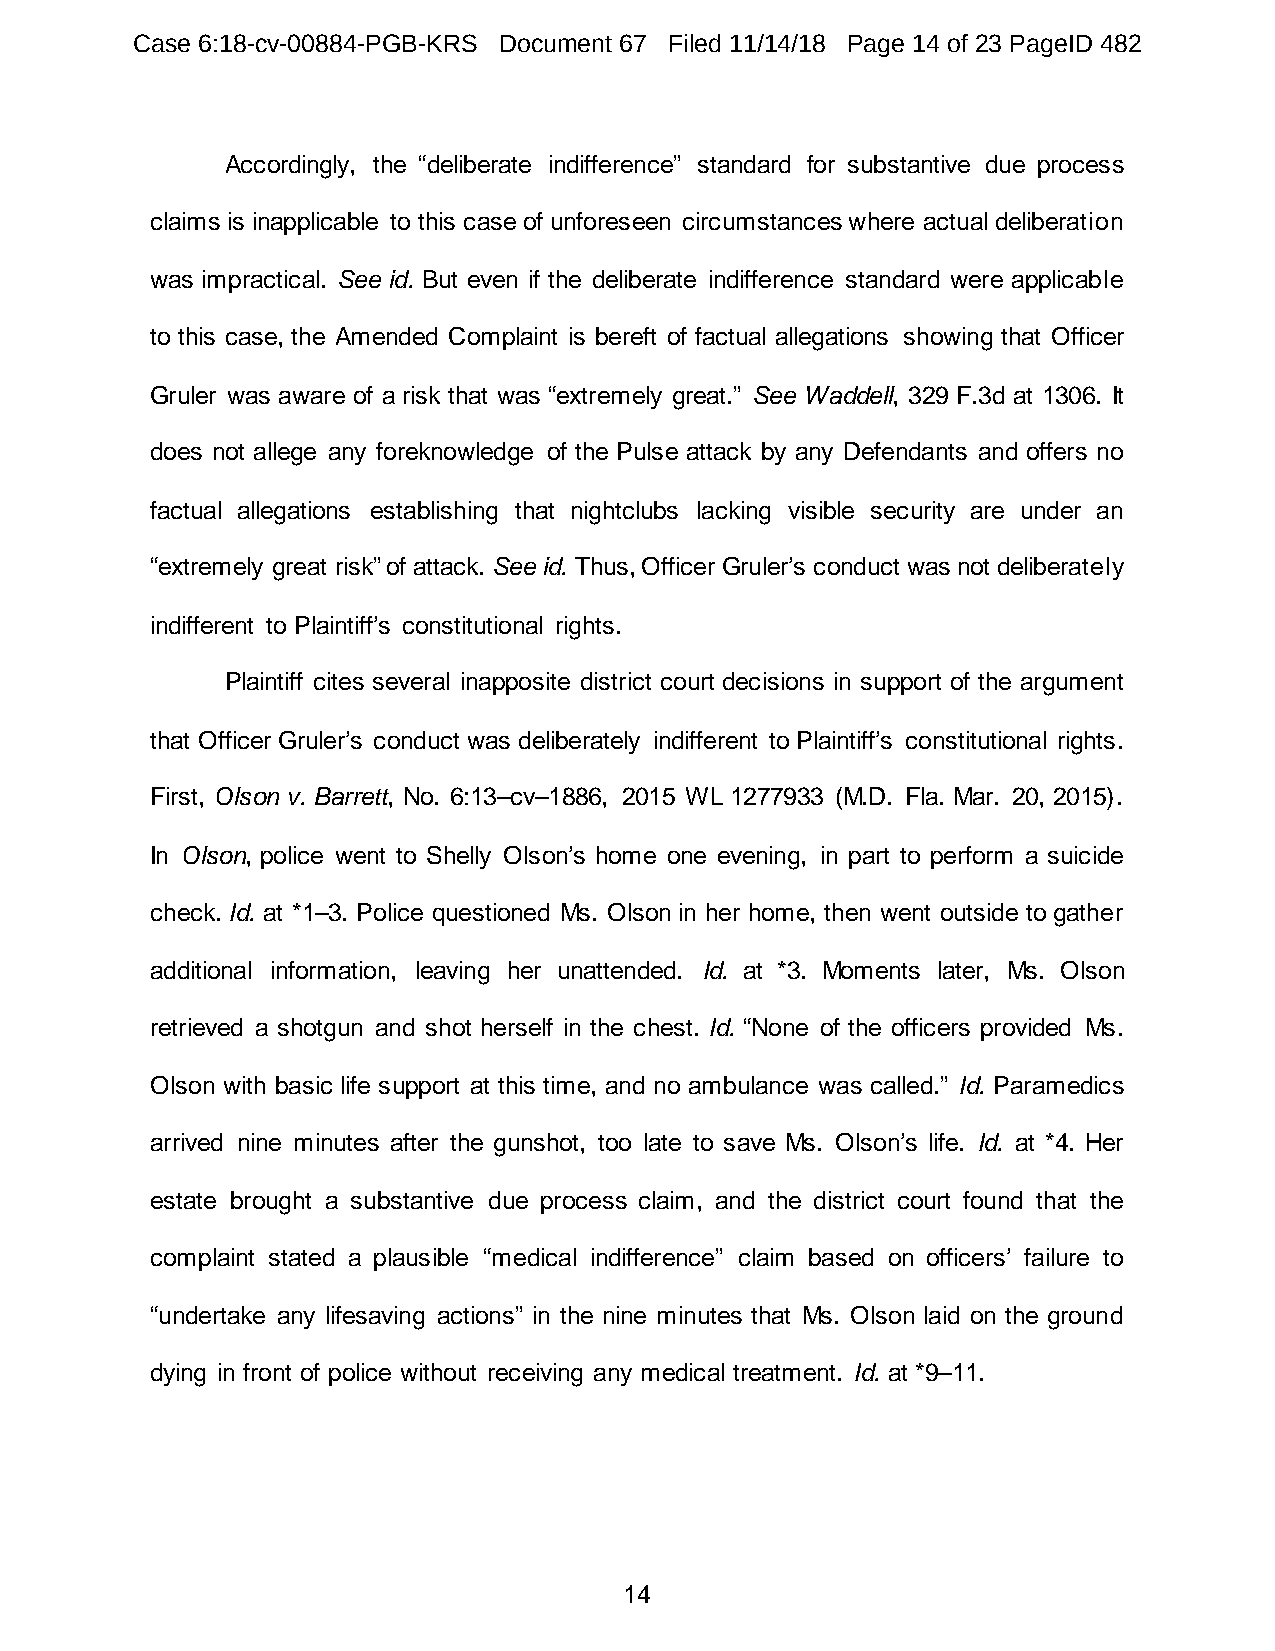
Case 6:18-cv-00884-PGB-KRS Document 67 Filed 11/14/18 Page 14 of 23 PageID 482
 Accordingly, the “deliberate indifference” standard for substantive due process
 claims is inapplicable to this case of unforeseen circumstances where actual deliberation
 was impractical. See id. But even if the deliberate indifference standard were applicable
 to this case, the Amended Complaint is bereft of factual allegations showing that Officer
 Gruler was aware of a risk that was “extremely great.” See Waddell, 329 F.3d at 1306. It
 does not allege any foreknowledge of the Pulse attack by any Defendants and offers no
 factual allegations establishing that nightclubs lacking visible security are under an
 “extremely great risk” of attack. See id. Thus, Officer Gruler’s conduct was not deliberately
 indifferent to Plaintiff’s constitutional rights.
 Plaintiff cites several inapposite district court decisions in support of the argument
 that Officer Gruler’s conduct was deliberately indifferent to Plaintiff’s constitutional rights.
 First, Olson v. Barrett, No. 6:13–cv–1886, 2015 WL 1277933 (M.D. Fla. Mar. 20, 2015).
 In Olson, police went to Shelly Olson’s home one evening, in part to perform a suicide
 check. Id. at *1–3. Police questioned Ms. Olson in her home, then went outside to gather
 additional information, leaving her unattended. Id. at *3. Moments later, Ms. Olson
 retrieved a shotgun and shot herself in the chest. Id. “None of the officers provided Ms.
 Olson with basic life support at this time, and no ambulance was called.” Id. Paramedics
 arrived nine minutes after the gunshot, too late to save Ms. Olson’s life. Id. at *4. Her
 estate brought a substantive due process claim, and the district court found that the
 complaint stated a plausible “medical indifference” claim based on officers’ failure to
 “undertake any lifesaving actions” in the nine minutes that Ms. Olson laid on the ground
 dying in front of police without receiving any medical treatment. Id. at *9–11.
 14